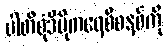
ပါတီစုံဒီမိုကရေစီစနစ်ကို